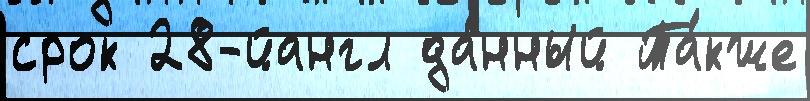
срок 28-йангл да́нный Та́кже